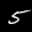
Label: 5